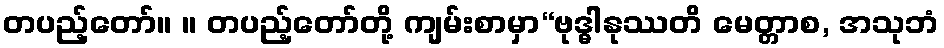
တပည့်တော်။ ။ တပည့်တော်တို့ ကျမ်းစာမှာ“ဗုဒ္ဓါနုဿတိ မေတ္တာစ, အသုဘံ